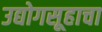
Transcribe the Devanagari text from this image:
उद्योगसूहाचा